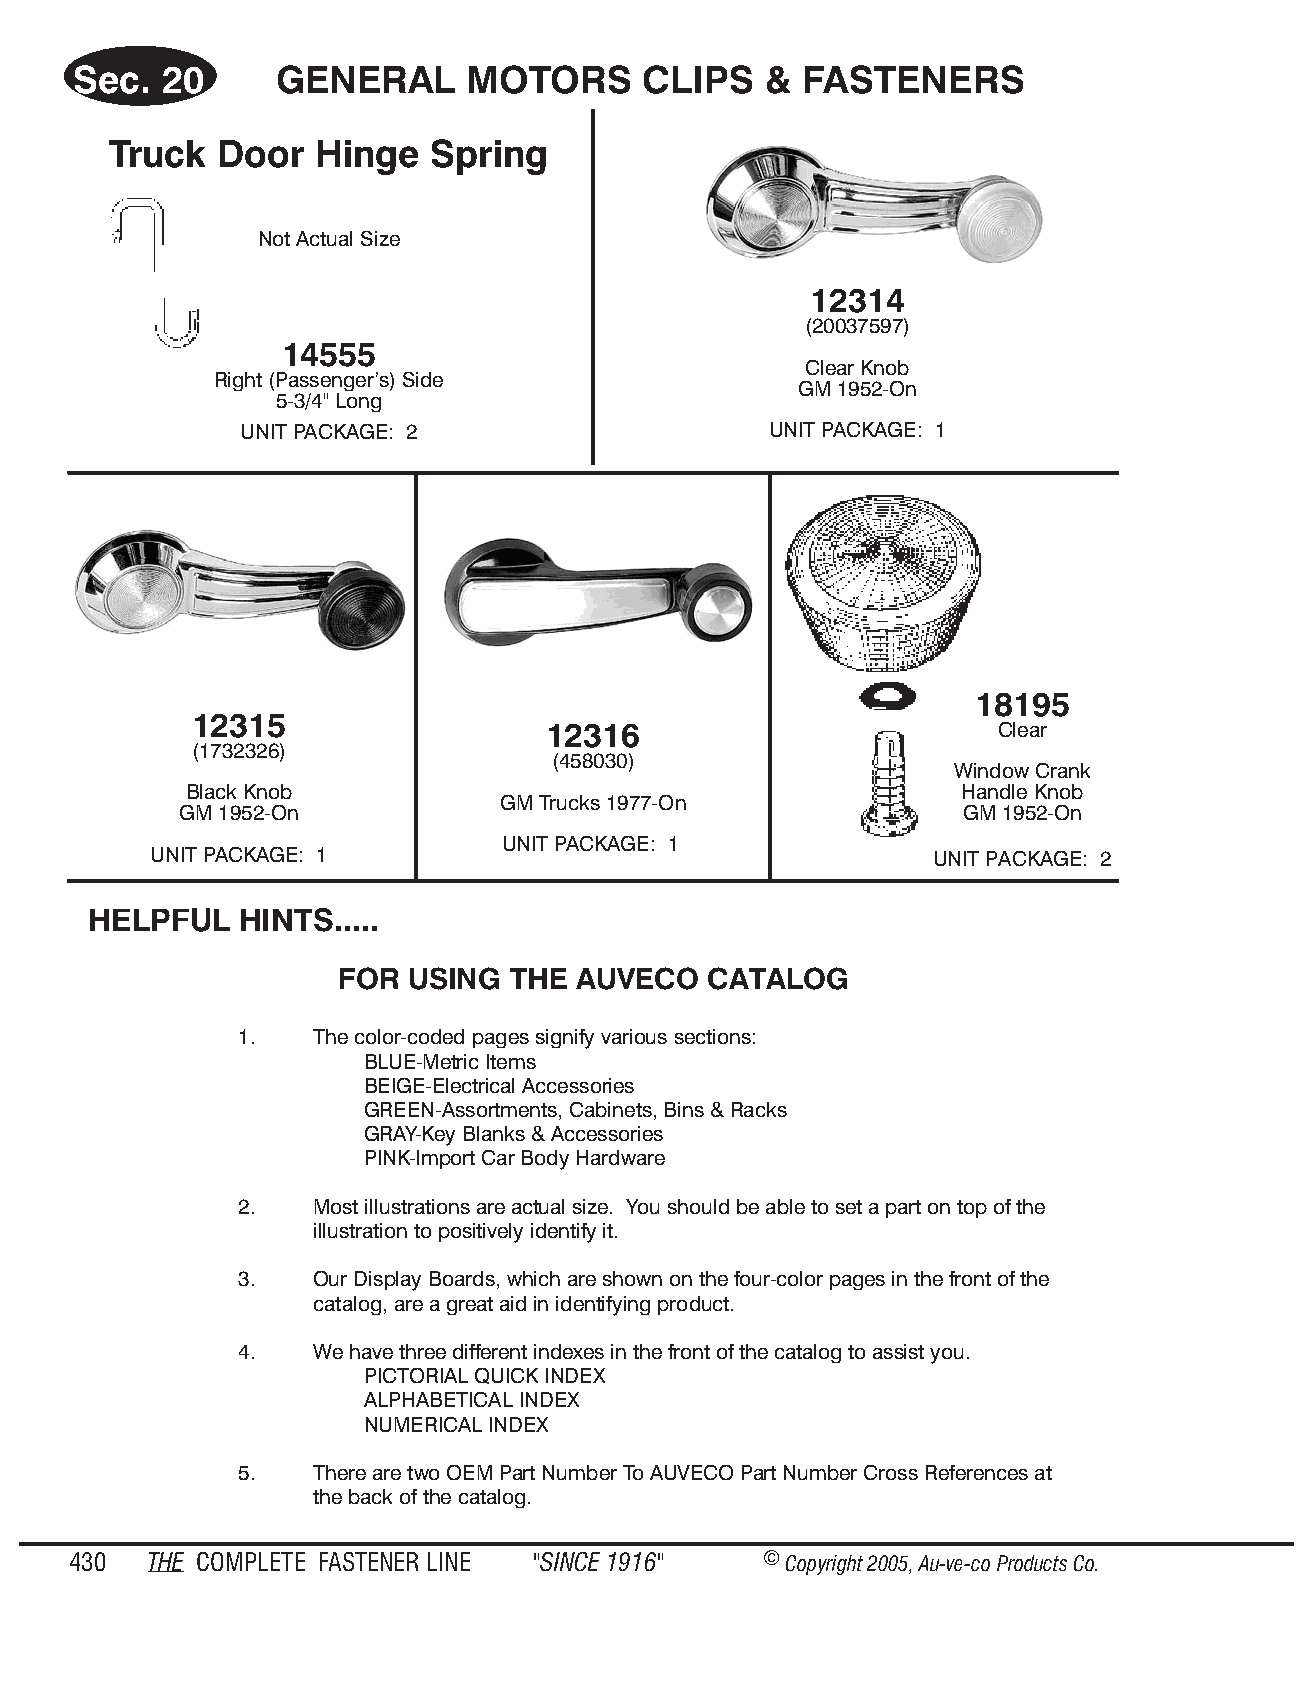
Sec.  20      GENE   RAL  MO  TORS    CLIPS   & FAS  TENE   RS
 Truck   Door  Hinge   Spring
 Not Actual Size
 12314
 (20037597)
 14555
 Clear Knob
 Right (Passenger’s) Side
 GM 1952-On
 5-3/4" Long
 UNIT PACKAGE: 2                    UNIT PACKAGE: 1
 18195
 12315
 12316                         Clear
 (1732326)
 (458030)
 Window Crank
 Black Knob                                         Handle Knob
 GM Trucks 1977-On
 GM 1952-On                                          GM 1952-On
 UNIT PACKAGE: 1
 UNIT PACKAGE: 1                                     UNIT PACKAGE: 2
 HELP  FUL HINTS.....
 FOR US ING THE AUVECO   CATA L OG
 1.   The color-coded pages sign ify vari o us sec tions:
 BLUE-Met ric Items
 BEIGE-Elec tri cal Ac ces so ries
 GREEN-As sort ments, Cab i nets, Bins & Racks
 GRAY-Key Blanks & Ac ces so ries
 PINK-Im port Car Body Hard ware
 2.   Most il lus tra tions are ac tual size. You should be able to set a part on top of the
 il lus tra tion to pos i tively iden tify it.
 3.   Our Disp lay Boards, which are shown on the four-color pages in the front of the
 cat a log, are a great aid in ident i fy ing produ ct.
 4.   We have three diff ere nt ind exes in the front of the cata log to as sist you.
 PIC TO RIAL QUICK IN DEX
 AL PHA BET I CAL IN DEX
 NU MER I CAL IN DEX
 5.   There are two OEM Part Num ber To AUVECO Part Num ber Cross Ref er ences at
 the back of the cata l og.
 430  THE COM PLETE FAST ENER LINE "SINCE 1916" © Copyr ight 2005, Au-ve-co Produ cts Co.